Indian journal of veterinary science and animal husbandry - Volume 8,
Year: 1938
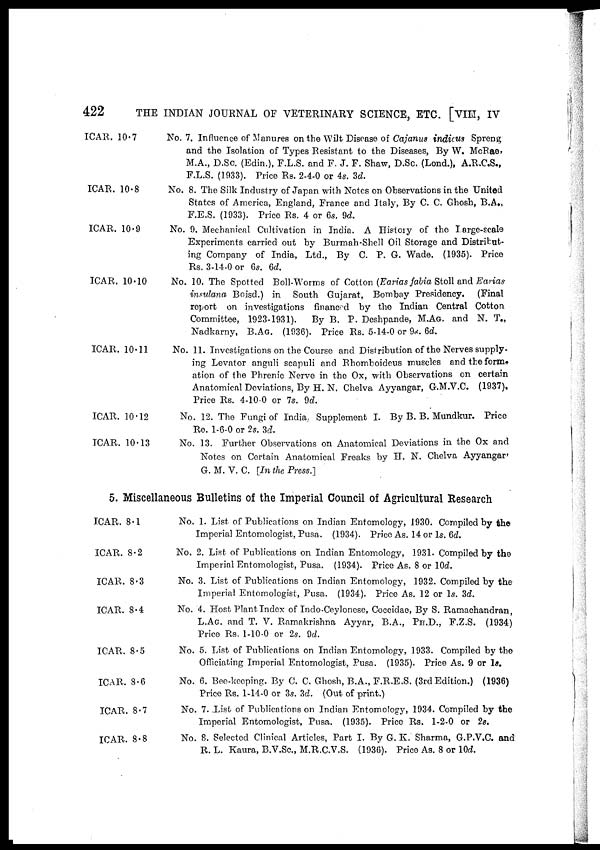
422
THE INDIAN JOURNAL OF VETERINARY SCIENCE, ETC. [VIII, IV
ICAR. 10.7
ICAR. 10.8
ICAR. 10.9
ICAR. 10.10
ICAR. 10.11
ICAR. 10.12
ICAR. 10.13
No. 7. Influence of Manures on the Wilt Disease of Cajanus indicus Spreng
and the Isolation of Types Resistant to the Diseases, By W. McRae,
M.A., D.Sc. (Edin.), F.L.S. and F. J. F. Shaw, D.Sc. (Lond.), A.R.C.S.,
F.L.S. (1933). Price Rs. 2-4-0 or 4s. 3d.
No. 8. The Silk Industry of Japan with Notes on Observations in the United
States of America, England, France and Italy, By C. C. Ghosh, B.A.,
F.E.S. (1933). Price Rs. 4 or 6s. 9d.
No. 9. Mechanical Cultivation in India. A History of the large-scale
Experiments carried out by Burmah-Shell Oil Storage and Distribut-
ing Company of India, Ltd., By C. P. G. Wade. (1935). Price
Rs. 3-14-0 or 6s. 6d.
No. 10. The Spotted Boll-Worms of Cotton (Earias fabia Stoll and Earias
insulana Boisd.) in South Gujarat, Bombay Presidency. (Final
report on investigations financed by the Indian Central Cotton
Committee, 1923-1931). By B. P. Deshpande, M.AG. and N. T.,
Nadkarny, B.AG. (1936). Price Rs. 5-14-0 or 9s. 6d.
No. 11. Investigations on the Course and Distribution of the Nerves supply-
ing Levator anguli scapuli and Rhomboideus muscles and the form
ation of the Phrenic Nerve in the Ox, with Observations on certain
Anatomical Deviations, By H. N. Chelva Ayyangar, G.M.V.C. (1937).
Price Rs. 4-10-0 or 7s. 9d.
No. 12. The Fungi of India, Supplement I. By B. B. Mundkur. Price
Re. 1-6-0 or 2s. 3d.
No. 13. Further Observations on Anatomical Deviations in the Ox and
Notes on Certain Anatomical Freaks by H. N. Chelva Ayyangar'
G. M. V. C. [In the Press.]
5. Miscellaneous Bulletins of the Imperial Council of Agricultural Research
ICAR. 8.1
ICAR. 8.2
ICAR. 8.3
ICAR. 8.4
ICAR. 8.5
ICAR. 8.6
ICAR. 8.7
ICAR. 8.8
No. 1. List of Publications on Indian Entomology, 1930. Compiled by the
Imperial Entomologist, Pusa. (1934). Price As. 14 or 1s. 6d.
No. 2. List of Publications on Indian Entomology, 1931. Compiled by the
Imperial Entomologist, Pusa. (1934). Price As. 8 or 10d.
No. 3. List of Publications on Indian Entomology, 1932. Compiled by the
Imperial Entomologist, Pusa. (1934). Price As. 12 or 1s. 3d.
No. 4. Host Plant Index of Indo-Ceylonese, Coccidae, By S. Ramachandran,
L.AG. and T. V. Ramakrishna Ayyar, B.A., PH.D., F.Z.S. (1934)
Price Rs. 1-10-0 or 2s. 9d.
No. 5. List of Publications on Indian Entomology, 1933. Compiled by the
Officiating Imperial Entomologist, Pusa. (1935). Price As. 9 or 1s.
No. 6. Bee-keeping. By C. C. Ghosh, B.A., F.R.E.S. (3rd Edition.) (1936)
Price Rs. 1-14-0 or 3s. 3d. (Out of print.)
No. 7. List of Publications on Indian Entomology, 1934. Compiled by the
Imperial Entomologist, Pusa. (1935). Price Rs. 1-2-0 or 2s.
No. 8. Selected Clinical Articles, Part I. By G. K. Sharma, G.P.V.C. and
R. L. Kaura, B.V.Sc., M.R.C.V.S. (1936). Price As. 8 or 10d.